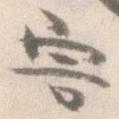
害